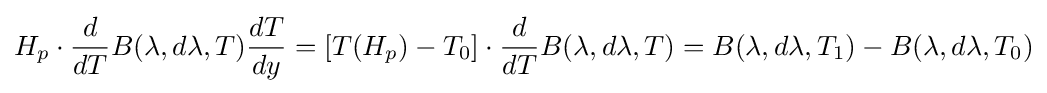
H_{p}\cdot {\frac {d}{dT}}B(\lambda ,d\lambda ,T){\frac {dT}{dy}}=[T(H_{p})-T_{0}]\cdot {\frac {d}{dT}}B(\lambda ,d\lambda ,T)=B(\lambda ,d\lambda ,T_{1})-B(\lambda ,d\lambda ,T_{0})